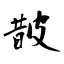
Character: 皵